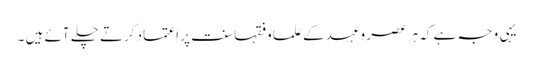
یہی وجہ ہے کہ ہر عصر وعہد کے علما وفقہا سنت پر اعتماد کرتے چلے آئے ہیں ۔